Report of the veterinary officer investigating camel disease
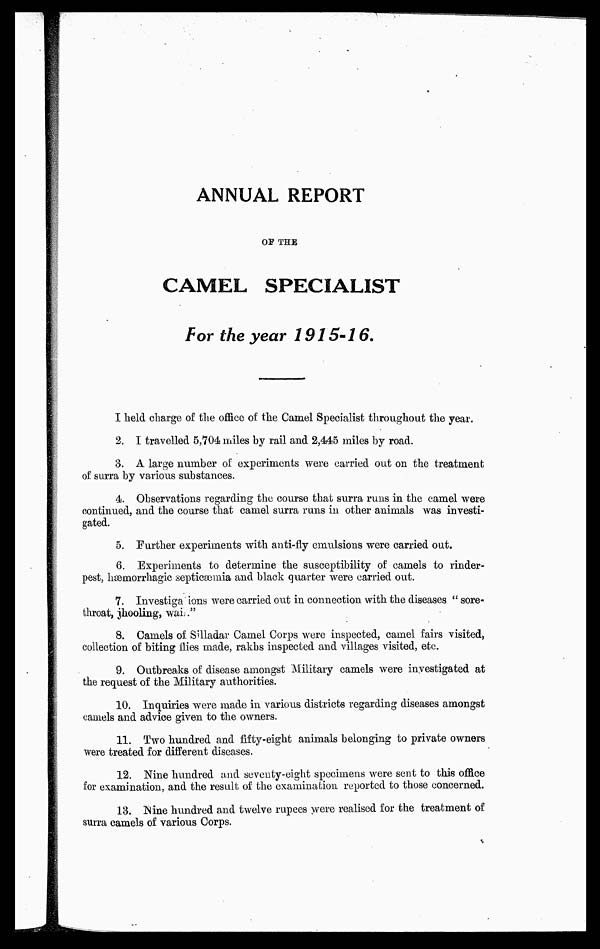
ANNUAL REPORT
OF THE
CAMEL SPECIALIST
For the year 1915-16.
I held charge of the office of the Camel Specialist throughout the year.
2. I travelled 5,704 miles by rail and 2,445 miles by road.
3. A large number of experiments were carried out on the treatment
of surra by various substances.
4. Observations regarding the course that surra runs in the camel were
continued, and the course that camel surra runs in other animals was investi-
gated.
5. Further experiments with anti-fly emulsions were carried out.
6. Experiments to determine the susceptibility of camels to rinder-
pest, hæmorrhagic septicæmia and black quarter were carried out.
7. Investiga ions were carried out in connection with the diseases " sore¬
throat, jhooling, wal."
8. Camels of Silladar Camel Corps were inspected, camel fairs visited,
collection of biting flies made, rakhs inspected and villages visited, etc.
9. Outbreaks of disease amongst Military camels were investigated at
the request of the Military authorities.
10. Inquiries were made in various districts regarding diseases amongst
camels and advice given to the owners.
11. Two hundred and fifty-eight animals belonging to private owners
were treated for different diseases.
12. Nine hundred and seventy-eight specimens were sent to this office
for examination, and the result of the examination reported to those concerned.
13. Nine hundred and twelve rupees were realised for the treatment of
surra camels of various Corps.